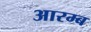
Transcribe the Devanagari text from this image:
आरम्ब